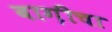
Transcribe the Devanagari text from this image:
बाग़ीचा